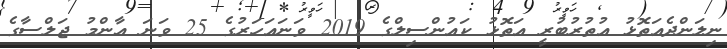
ނިލަންދެއަތޮޅު އުތުރުބުރީ އަތޮޅު ކައުންސިލްގެ 2019 ވަނައަހަރުގެ 25 ވަނަ ޢާންމު ޖަލްސާގެ